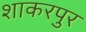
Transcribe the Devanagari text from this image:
शाकरपुर